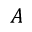
A